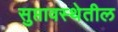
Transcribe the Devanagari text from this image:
सुप्तावस्थेतील